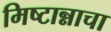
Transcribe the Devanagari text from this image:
मिष्टान्नाचा